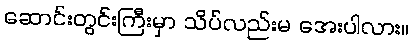
ဆောင်းတွင်းကြီးမှာ သိပ်လည်းမ အေးပါလား။